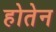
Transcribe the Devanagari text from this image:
होतेन